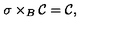
\sigma \times _ { B } { \cal { C } } = { \cal { C } } ,